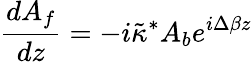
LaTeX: \frac{dA_{f}}{dz}=-i{\tilde{\kappa}^{*}}A_{b}e^{i\Delta\beta z}